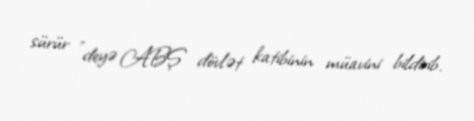
sürür ”deyə ABŞ dövlət katibinin müavini bildirib.